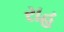
રાહ